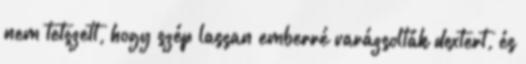
nem tetszett, hogy szép lassan emberré varázsolták dextert, és